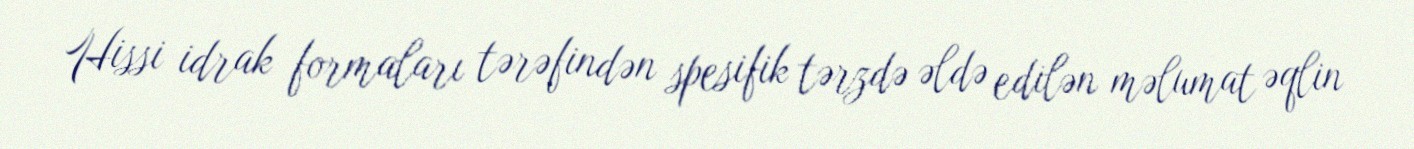
Hissi idrak formaları tərəfindən spesifik tərzdə əldə edilən məlumat əqlin